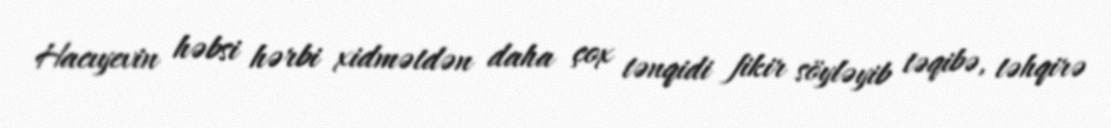
Hacıyevin həbsi hərbi xidmətdən daha çox tənqidi fikir söyləyib təqibə, təhqirə